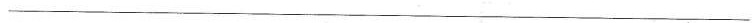
___